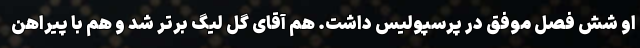
او شش فصل موفق در پرسپولیس داشت. هم آقای گل لیگ برتر شد و هم با پیراهن